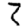
Digit: 2